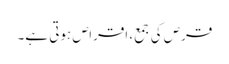
قرص کی جمع، اقراص ہوتی ہے۔